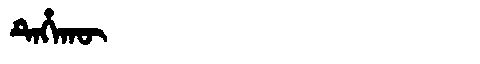
Manchu: ᡨᡝᡥᠠᡴᡡ
Romanization: TEHAKŪ